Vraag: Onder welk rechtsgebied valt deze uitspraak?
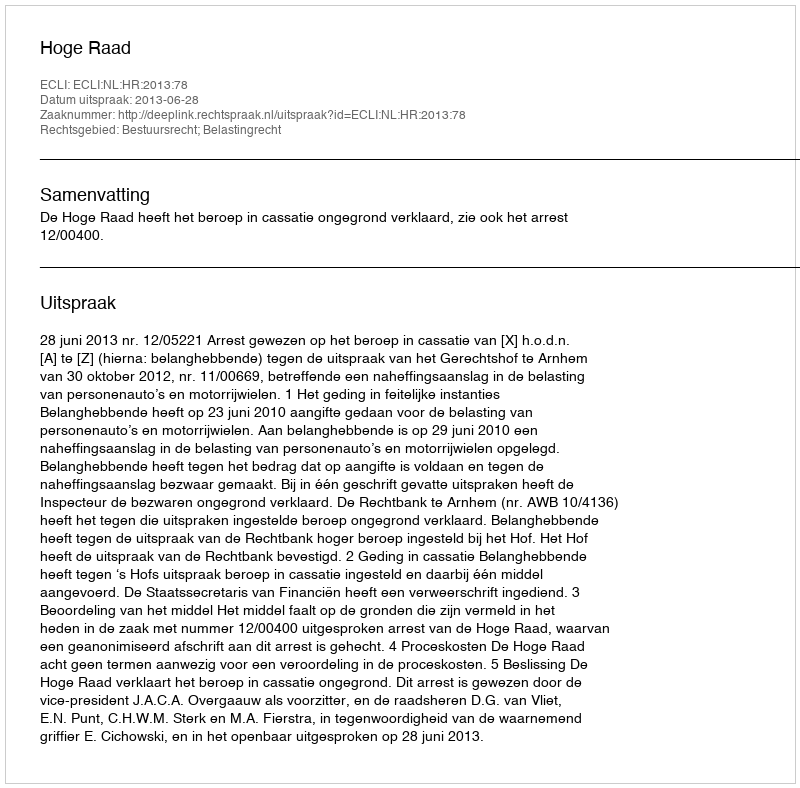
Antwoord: Bestuursrecht; Belastingrecht